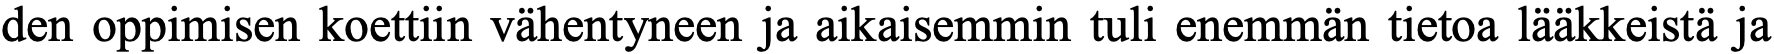
den oppimisen koettiin vähentyneen ja aikaisemmin tuli enemmän tietoa lääkkeistä ja